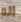
انه